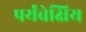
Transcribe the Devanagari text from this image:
पर्यंवेक्षिय